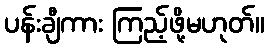
ပန်းချီကား ကြည့်ဖို့မဟုတ်။